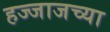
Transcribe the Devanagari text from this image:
हज्जाजच्या